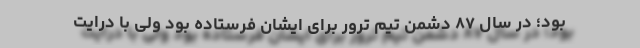
بود؛ در سال ۸۷ دشمن تیم ترور برای ایشان فرستاده بود ولی با درایت